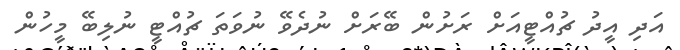
އަދި އީދު ޗުއްޓީއަށް ރަށުން ބޭރަށް ނުދެވޭ ނުވަތަ ޗުއްޓީ ނުލިބޭ މީހުން